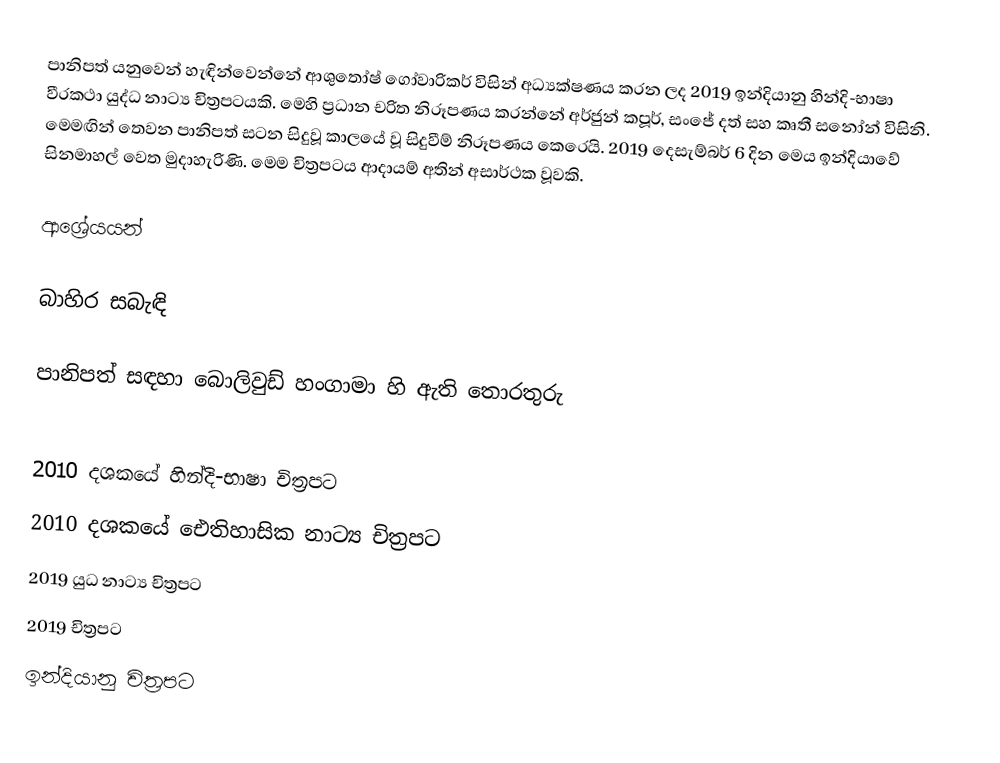
පානිපත් යනුවෙන් හැඳින්වෙන්නේ ආශුතෝෂ් ගෝවාරිකර් විසින් අධ්‍යක්ෂණය කරන ලද 2019 ඉන්දියානු හින්දි-භාෂා වීරකථා යුද්ධ නාට්‍ය චිත්‍රපටයකි. මෙහි ප්‍රධාන චරිත නිරූපණය කරන්නේ අර්ජුන් කපූර්, සංජේ දත් සහ කෘතී සනෝන් විසිනි. මෙමඟින් තෙවන පානිපත් සටන සිදුවූ කාලයේ වූ සිදුවීම් නිරූපණය කෙරෙයි. 2019 දෙසැම්බර් 6 දින මෙය ඉන්දියාවේ සිනමාහල් වෙත මුදාහැරිණි. මෙම චිත්‍රපටය ආදායම් අතින් අසාර්ථක වූවකි.

ආශ්‍රේයයන්

බාහිර සබැඳි

 පානිපත් සඳහා බොලිවුඩ් හංගාමා හි ඇති තොරතුරු

2010 දශකයේ හින්දි-භාෂා චිත්‍රපට
2010 දශකයේ ඓතිහාසික නාට්‍ය චිත්‍රපට
2019 යුධ නාට්‍ය චිත්‍රපට
2019 චිත්‍රපට
ඉන්දියානු චිත්‍රපට